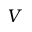
V